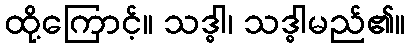
ထို့ကြောင့်။ သဒ္ဓါ၊ သဒ္ဓါမည်၏။